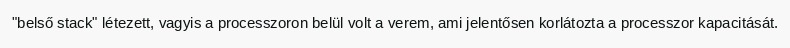
"belső stack" létezett, vagyis a processzoron belül volt a verem, ami jelentősen korlátozta a processzor kapacitását.